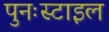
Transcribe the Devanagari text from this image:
पुनःस्टाइल